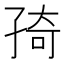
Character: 𭓊